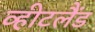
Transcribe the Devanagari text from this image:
व्हीटलैंड